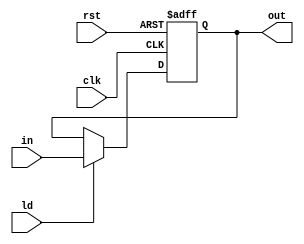
`timescale 1ns/1ns
module Reg26(input clk, rst, ld, input [25:0] in, output reg [25:0] out);
	always @(posedge clk, posedge rst) begin
		if(rst) begin
			out <= 26'b0;
		end else begin
			out <= ld ? in : out;
		end
	end
endmodule